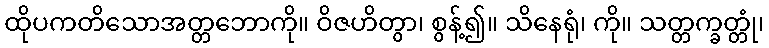
ထိုပကတိသောအတ္တဘောကို။ ဝိဇဟိတွာ၊ စွန့်၍။ သိနေရုံ၊ ကို။ သတ္တက္ခတ္တုံ၊